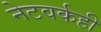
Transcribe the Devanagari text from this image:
नेटवर्कही